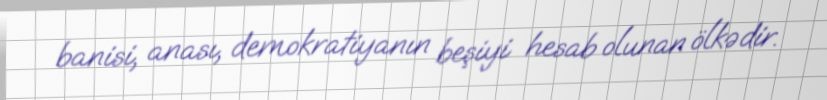
banisi, anası, demokratiyanın beşiyi hesab olunan ölkədir.